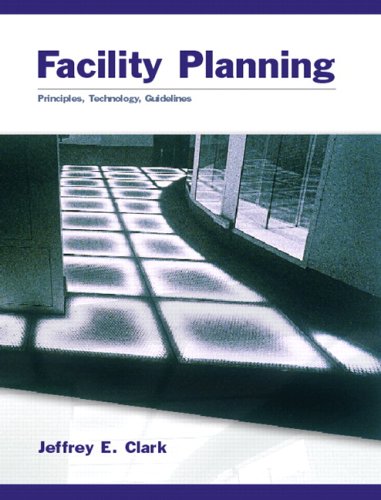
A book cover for Facility Planning; Jeffrey E. Clark; Business & Money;